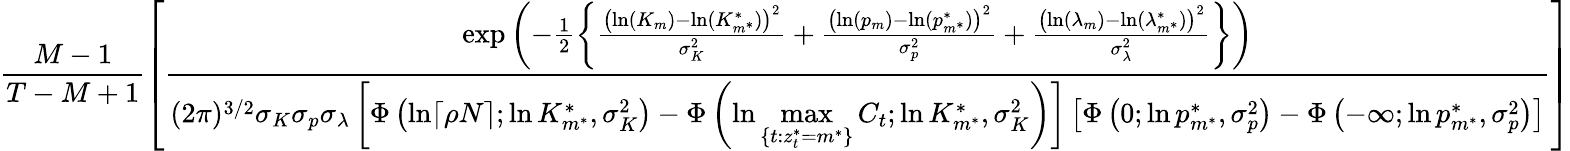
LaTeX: \frac{M-1}{T-M+1}\left[\frac{\exp\left(-\frac{1}{2}\left\{ \frac{\left(\ln(K_{m})-\ln(K_{m^{*}}^{*})\right)^{2}}{\sigma_{K}^{2}}+\frac{\left(\ln(p_{m})-\ln(p_{m^{*}}^{*})\right)^{2}}{\sigma_{p}^{2}}+\frac{\left(\ln(\lambda_{m})-\ln(\lambda_{m^{*}}^{*})\right)^{2}}{\sigma_{\lambda}^{2}}\right\} \right)}{(2\pi)^{3/2}\sigma_{K}\sigma_{p}\sigma_{\lambda}\left[\Phi\left(\ln\lceil\rho N\rceil;\ln K_{m^{*}}^{*},\sigma_{K}^{2}\right)-\Phi\left(\ln\underset{\{ t:z_{t}^{*}=m^{*}\} }{\operatorname*{max}}C_{t};\ln K_{m^{*}}^{*},\sigma_{K}^{2}\right)\right]\left[\Phi\left(0;\ln p_{m^{*}}^{*},\sigma_{p}^{2}\right)-\Phi\left(-\infty;\ln p_{m^{*}}^{*},\sigma_{p}^{2}\right)\right]}\right]